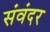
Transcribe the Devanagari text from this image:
संवंदर